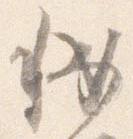
秘